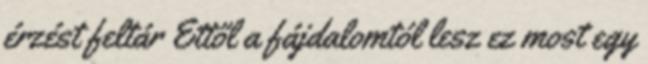
érzést feltár Ettől a fájdalomtól lesz ez most egy